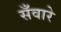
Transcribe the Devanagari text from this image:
सँवारे